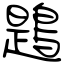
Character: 鶗